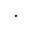
\cdot